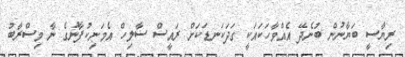
ރިޔާސީ ބަޔާނުން ބުނެދޭ އެއްވާހަކައަކީ ގަދަކަނޑަކަށް ރައީސް ސާލިހް އެމަނިކުފާނުގެ ނާ މިސްރާބު